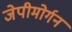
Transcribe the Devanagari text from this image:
जेपीमोर्गन